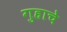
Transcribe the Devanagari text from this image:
गुहाचे